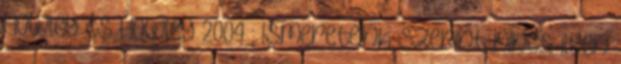
Howley és Howley 2004 ; ismereteink szerint nincs ilyen